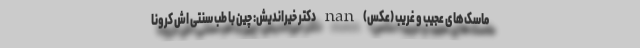
ماسک‌های عجیب و غریب (عکس) nan دکتر خیراندیش: چین با طب سنتی اش کرونا